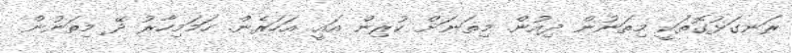
ރަނގަޅުގޮތަކީ މިތަނުން ދިއުން. މިތަނަށް ކުރިން އައީ އަހަރެން. ހަަމަމިހާރު ދޭ މިތަނުން